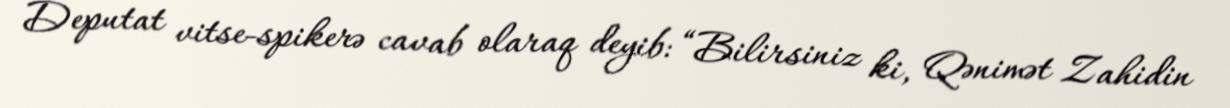
Deputat vitse-spikerə cavab olaraq deyib: “Bilirsiniz ki, Qənimət Zahidin